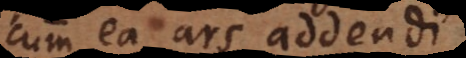
cum ea ars addendi